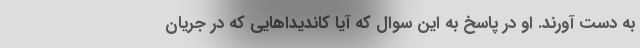
به دست آورند. او در پاسخ به این سوال که آیا کاندیداهایی که در جریان